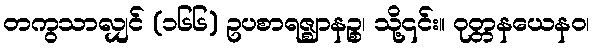
တကွသာလျှင် (၁၆၆) ဥပစာရဇ္ဈာနဉ္စ၊ သို့၎င်း။ ဝုတ္တနယေနဝ၊